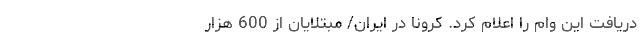
دریافت این وام را اعلام کرد. کرونا در ایران/ مبتلایان از 600 هزار